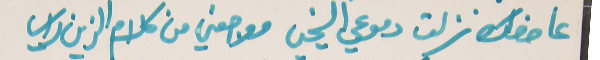
عا خدك نزلت دموعي السخيي   موجعني من كلام الزين راسي